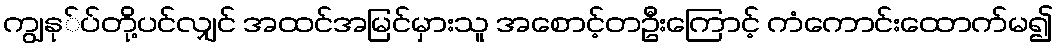
ကျွနု်ပ်တို့ပင်လျှင် အထင်အမြင်မှားသူ အစောင့်တဦးကြောင့် ကံကောင်းထောက်မ၍